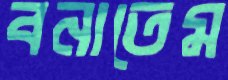
বনাতেম